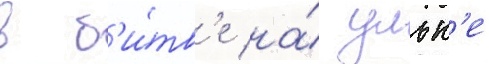
в б'и́тв'е на́ ульк'е